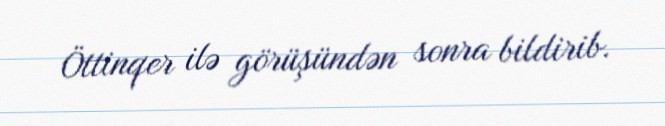
Öttinqer ilə görüşündən sonra bildirib.